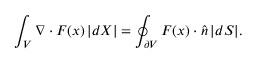
\int _ { V } \nabla \cdot F ( x ) \, | d X | = \oint _ { \partial V } F ( x ) \cdot { \hat { n } } \, | d S | .